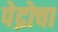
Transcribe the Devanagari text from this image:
पेद्रोचा